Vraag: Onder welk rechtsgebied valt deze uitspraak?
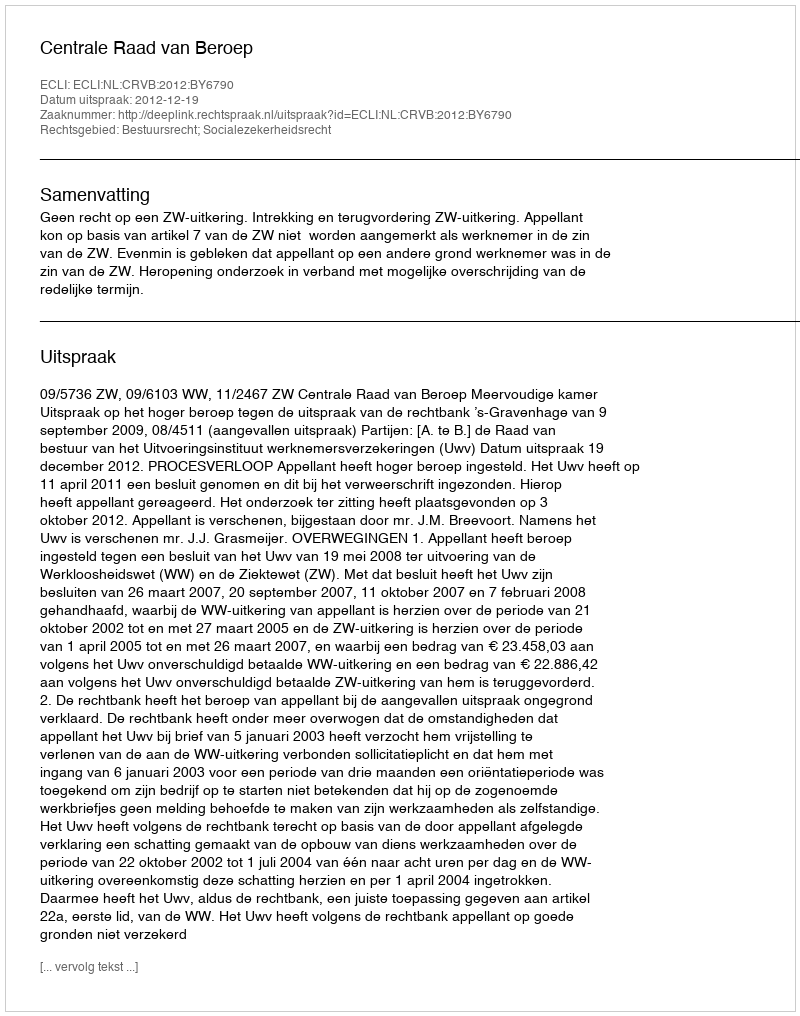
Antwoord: Bestuursrecht; Socialezekerheidsrecht